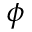
\boldsymbol { \phi }